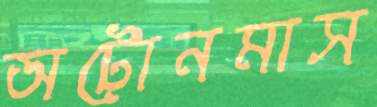
অটোনমাস